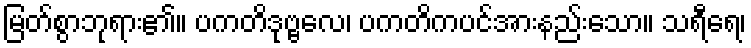
မြတ်စွာဘုရား၏။ ပကတိဒုဗ္ဗလေ၊ ပကတိကပင်အားနည်းသော။ သရီရေ၊